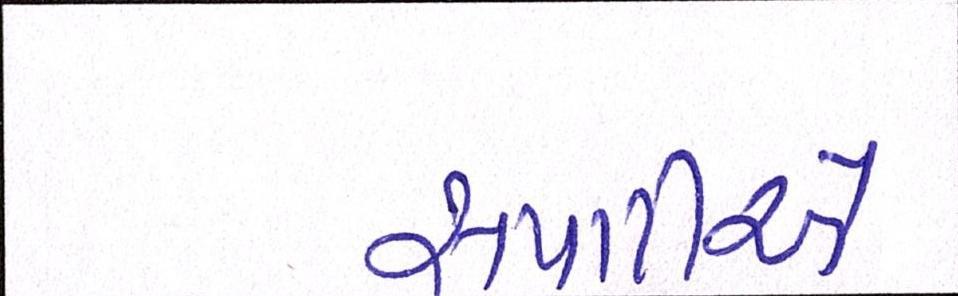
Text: સપાટીએ